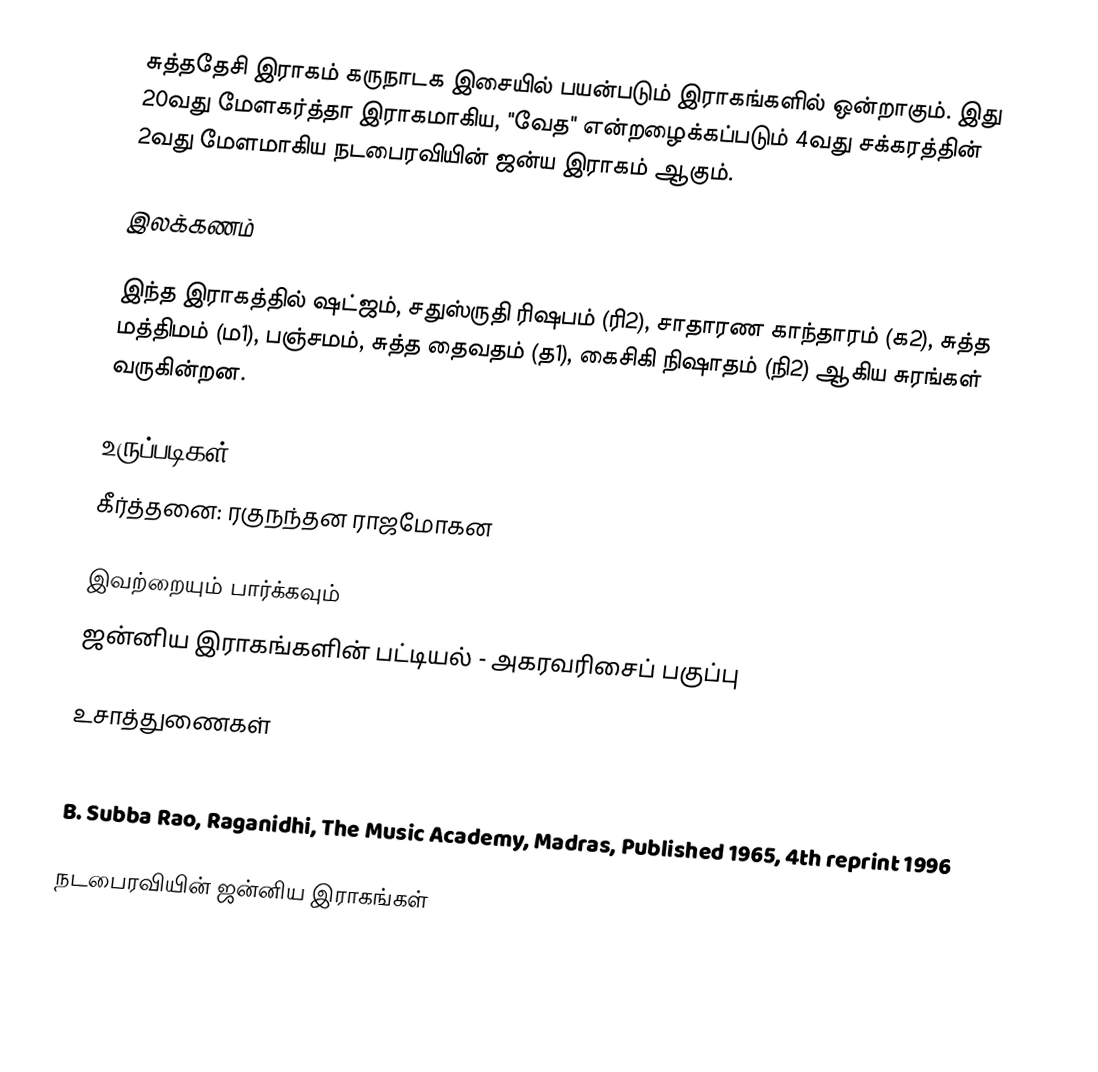
சுத்ததேசி இராகம் கருநாடக இசையில் பயன்படும் இராகங்களில் ஒன்றாகும். இது 20வது மேளகர்த்தா இராகமாகிய, "வேத" என்றழைக்கப்படும் 4வது சக்கரத்தின் 2வது மேளமாகிய நடபைரவியின் ஜன்ய இராகம் ஆகும்.

இலக்கணம்

இந்த இராகத்தில் ஷட்ஜம், சதுஸ்ருதி ரிஷபம் (ரி2), சாதாரண காந்தாரம் (க2), சுத்த மத்திமம் (ம1), பஞ்சமம், சுத்த தைவதம் (த1), கைசிகி நிஷாதம்  (நி2) ஆகிய சுரங்கள் வருகின்றன.

உருப்படிகள்
 கீர்த்தனை: ரகுநந்தன ராஜமோகன

இவற்றையும் பார்க்கவும்
 ஜன்னிய இராகங்களின் பட்டியல் - அகரவரிசைப் பகுப்பு

உசாத்துணைகள்
 Dr. S. Bhagyalekshmy, Ragas in Carnatic Music, CBH Publications, Trivandrum, Published 1990
 B. Subba Rao, Raganidhi, The Music Academy, Madras, Published 1965, 4th reprint 1996

நடபைரவியின் ஜன்னிய இராகங்கள்